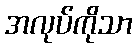
အလုပ်ကိုသာ